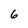
Character: 6